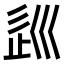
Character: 𡿽